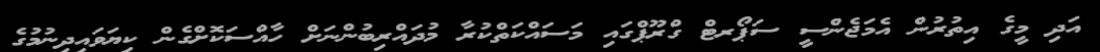
އަދި މީގެ އިތުރުން އެމަޖެންސީ ސަޕޯރޓް ގްރޫޕްގައި މަސައްކަތްކުރާ މުދައްރިބުންނަށް ހާއްސަކޮށްގެން ކިޔަވައިދިނުމުގެ